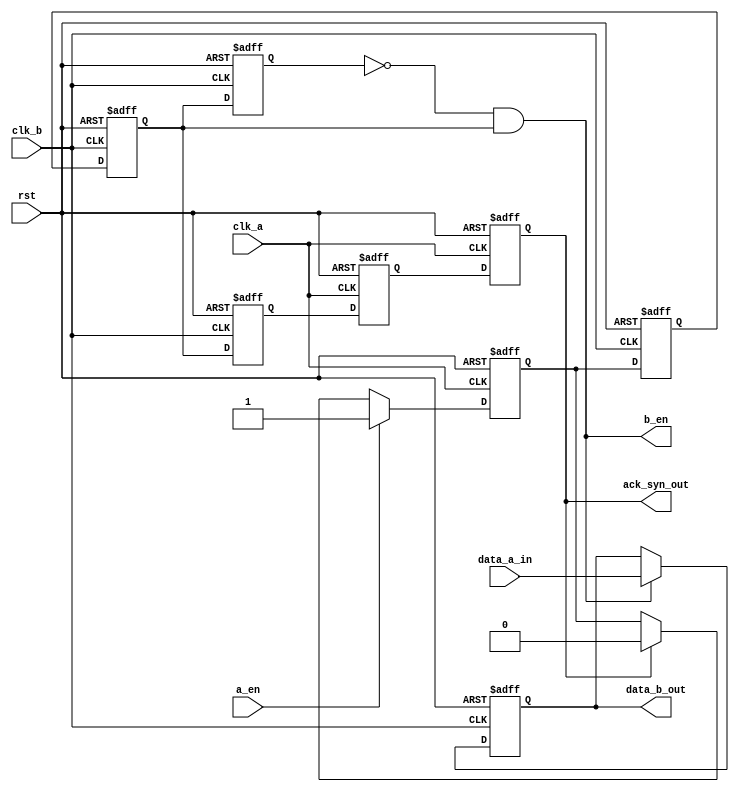
//////////////////////////////////////////////////////////////////////////////////
// 
// Project Name:  
// Module Name:   shakehand_sync
// 
// Version:       1.0
// Description: 
// 
//
// Modification History:
// Date                   Change Descripton
// -------------------------------------------------------------------------------
// 2021/09/27             Initial
//
//////////////////////////////////////////////////////////////////////////////////

`default_nettype none
module shakehand_sync
(
    input   wire       clk_a        ,
    input   wire       clk_b        ,
    input   wire       rst          ,
    input   wire       a_en         , //
    input   wire [3:0] data_a_in    , //
    output  reg  [3:0] data_b_out   ,
    output  wire       b_en         ,
    output  wire       ack_syn_out
);

    //
    reg req; 
    reg ack_syn;
    always@(posedge clk_a or posedge rst) begin
        if(rst)
            req <= 1'b0;
        else if(a_en) 
            req <= 1'b1;
        else if(ack_syn)  //req 
            req <= 1'b0;

    end

    //req
    reg     req_b, req_syn;
    always@(posedge clk_b or posedge rst) begin
        if(rst) begin
            req_b <= 1'b0;
            req_syn <= 1'b0;
        end
        else begin
            req_b <= req;
            req_syn <= req_b;
        end
    end

    //breq_syn
    reg     req_syn_r1;
    always@(posedge clk_b or posedge rst) begin
        if(rst) begin
            req_syn_r1 <= 1'b0;          
        end
        else begin
            req_syn_r1 <= req_syn;
        end
    end
    assign b_en = ~req_syn_r1 && req_syn;

    //ba
    reg     ack;
    always@(posedge clk_b or posedge rst) begin
        if(rst)
            ack <= 1'b0;            
        else
            ack <= req_syn;
    end

    //b_ena
    always@(posedge clk_b or posedge rst) begin
        if(rst) begin
            data_b_out <= 4'd0;
        end
        else if(b_en) begin
            data_b_out <= data_a_in;
        end
    end

    //a
    //ack_syna_req
    reg ack_a;
    always@(posedge clk_a or posedge rst) begin
        if(rst) begin
            ack_a <= 1'b0;
            ack_syn <= 1'b0;
        end
        else begin
            ack_a <= ack;
            ack_syn <= ack_a;
        end
    end

    assign ack_syn_out = ack_syn; //a_en

endmodule
`default_nettype wire